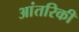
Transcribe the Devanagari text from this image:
आंतरिकी